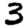
Digit: 3